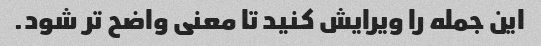
این جمله را ویرایش کنید تا معنی واضح تر شود.